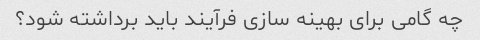
چه گامی برای بهینه سازی فرآیند باید برداشته شود؟